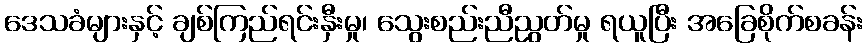
ဒေသခံများနှင့် ချစ်ကြည်ရင်းနှီးမှု၊ သွေးစည်းညီညွတ်မှု ရယူပြီး အခြေစိုက်စခန်း